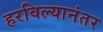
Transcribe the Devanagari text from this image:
हरविल्यानंतर